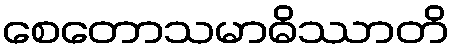
စေတောသမာဓိဿာတိ